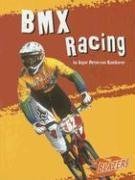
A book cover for BMX Racing (To the Extreme); Angie Peterson Kaelberer; Children's Books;